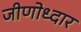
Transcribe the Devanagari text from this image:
जीणोध्दार